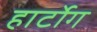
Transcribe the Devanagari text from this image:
हार्टोग